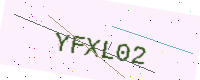
Text: YFXL02